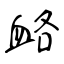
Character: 衉